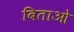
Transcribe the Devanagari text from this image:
बिताओ